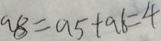
a 8 = a 5 + a 6 = 4